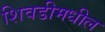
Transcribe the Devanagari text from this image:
शिवडीमधील